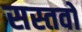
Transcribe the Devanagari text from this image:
सस्तवों